Code of medical and sanitary regulations for the guidance of medical officers serving in the Madras Presidency - Volume I
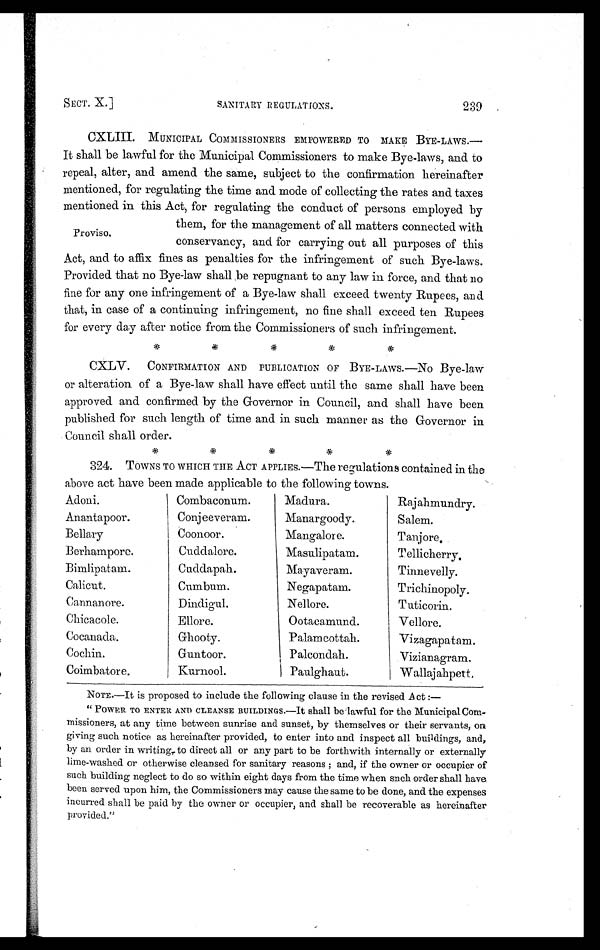
SECT. X.]
SANITARY REGULATIONS.
239
CXLIII. MUNICIPAL COMMISSIONERS EMPOWERED TO MAKE BYE-LAWS.—
It shall be lawful for the Municipal Commissioners to make Bye-laws, and to
repeal, alter, and amend the same, subject to the confirmation hereinafter
mentioned, for regulating the time and mode of collecting the rates and taxes
mentioned in this Act, for regulating the conduct of persons employed by
them, for the management of all matters connected with
conservancy, and for carrying out all purposes of this
Act, and to affix fines as penalties for the infringement of such Bye-laws.
Provided that no Bye-law shall be repugnant to any law in force, and that no
fine for any one infringement of a Bye-law shall exceed twenty Rupees, and
that, in case of a continuing infringement, no fine shall exceed ten Rupees
for every day after notice from the Commissioners of such infringement.
CXLV. CONFIRMATION AND PUBLICATION OF BYE-LAWS.—NO Bye-law
or alteration of a Bye-law shall have effect until the same shall have been
approved and confirmed by the Governor in Council, and shall have been
published for such length of time and in such manner as the Governor in
Council shall order.
* * * * *
324. TOWNS TO WHICH THE ACT APPLIES.—The regulations contained in the
above act have been made applicable to the following towns.
Proviso.
Adoni.
Anantapoor.
Bellary
Berhampore.
Bimlipatam.
Calicut.
Cannanore.
Chicacole.
Cocanada.
Cochin.
Coimbatore.
Combaconum.
Conjeeveram.
Coonoor.
Cuddalore.
Cuddapah.
Cumbum.
Dindigul.
Ellore.
Ghooty.
Guntoor.
Kurnool.
Madura.
Manargoody.
Mangalore.
Masulipatam.
Mayaveram.
Negapatam.
Nellore.
Ootacamund.
Palamcottah.
Palcondah.
Paulghaut.
Rajahmundry.
Salem.
Tanjore
.
Tellicherry
.
Tinnevelly.
Trichinopoly.
Tuticorin.
Vellore.
Vizagapatam.
Vizianagram
.
Wallajahpett.
NOTE.—It is proposed to include the following clause in the revised Act :—
" POWER TO ENTER AND CLEANSE BUILDINGS.—It shall be lawful for the Municipal Com-
missioners, at any time between sunrise and sunset, by themselves or their servants, on
giving such notice as hereinafter provided, to enter into and inspect all buildings, and,
by an order in writing, to direct all or any part to be forthwith internally or externally
lime-washed or otherwise cleansed for sanitary reasons ; and, if the owner or occupier of
such building neglect to do so within eight days from the time when such order shall have
been served upon him, the Commissioners may cause the same to be done, and the expenses
incurred shall be paid by the owner or occupier, and shall be recoverable as hereinafter
provided."